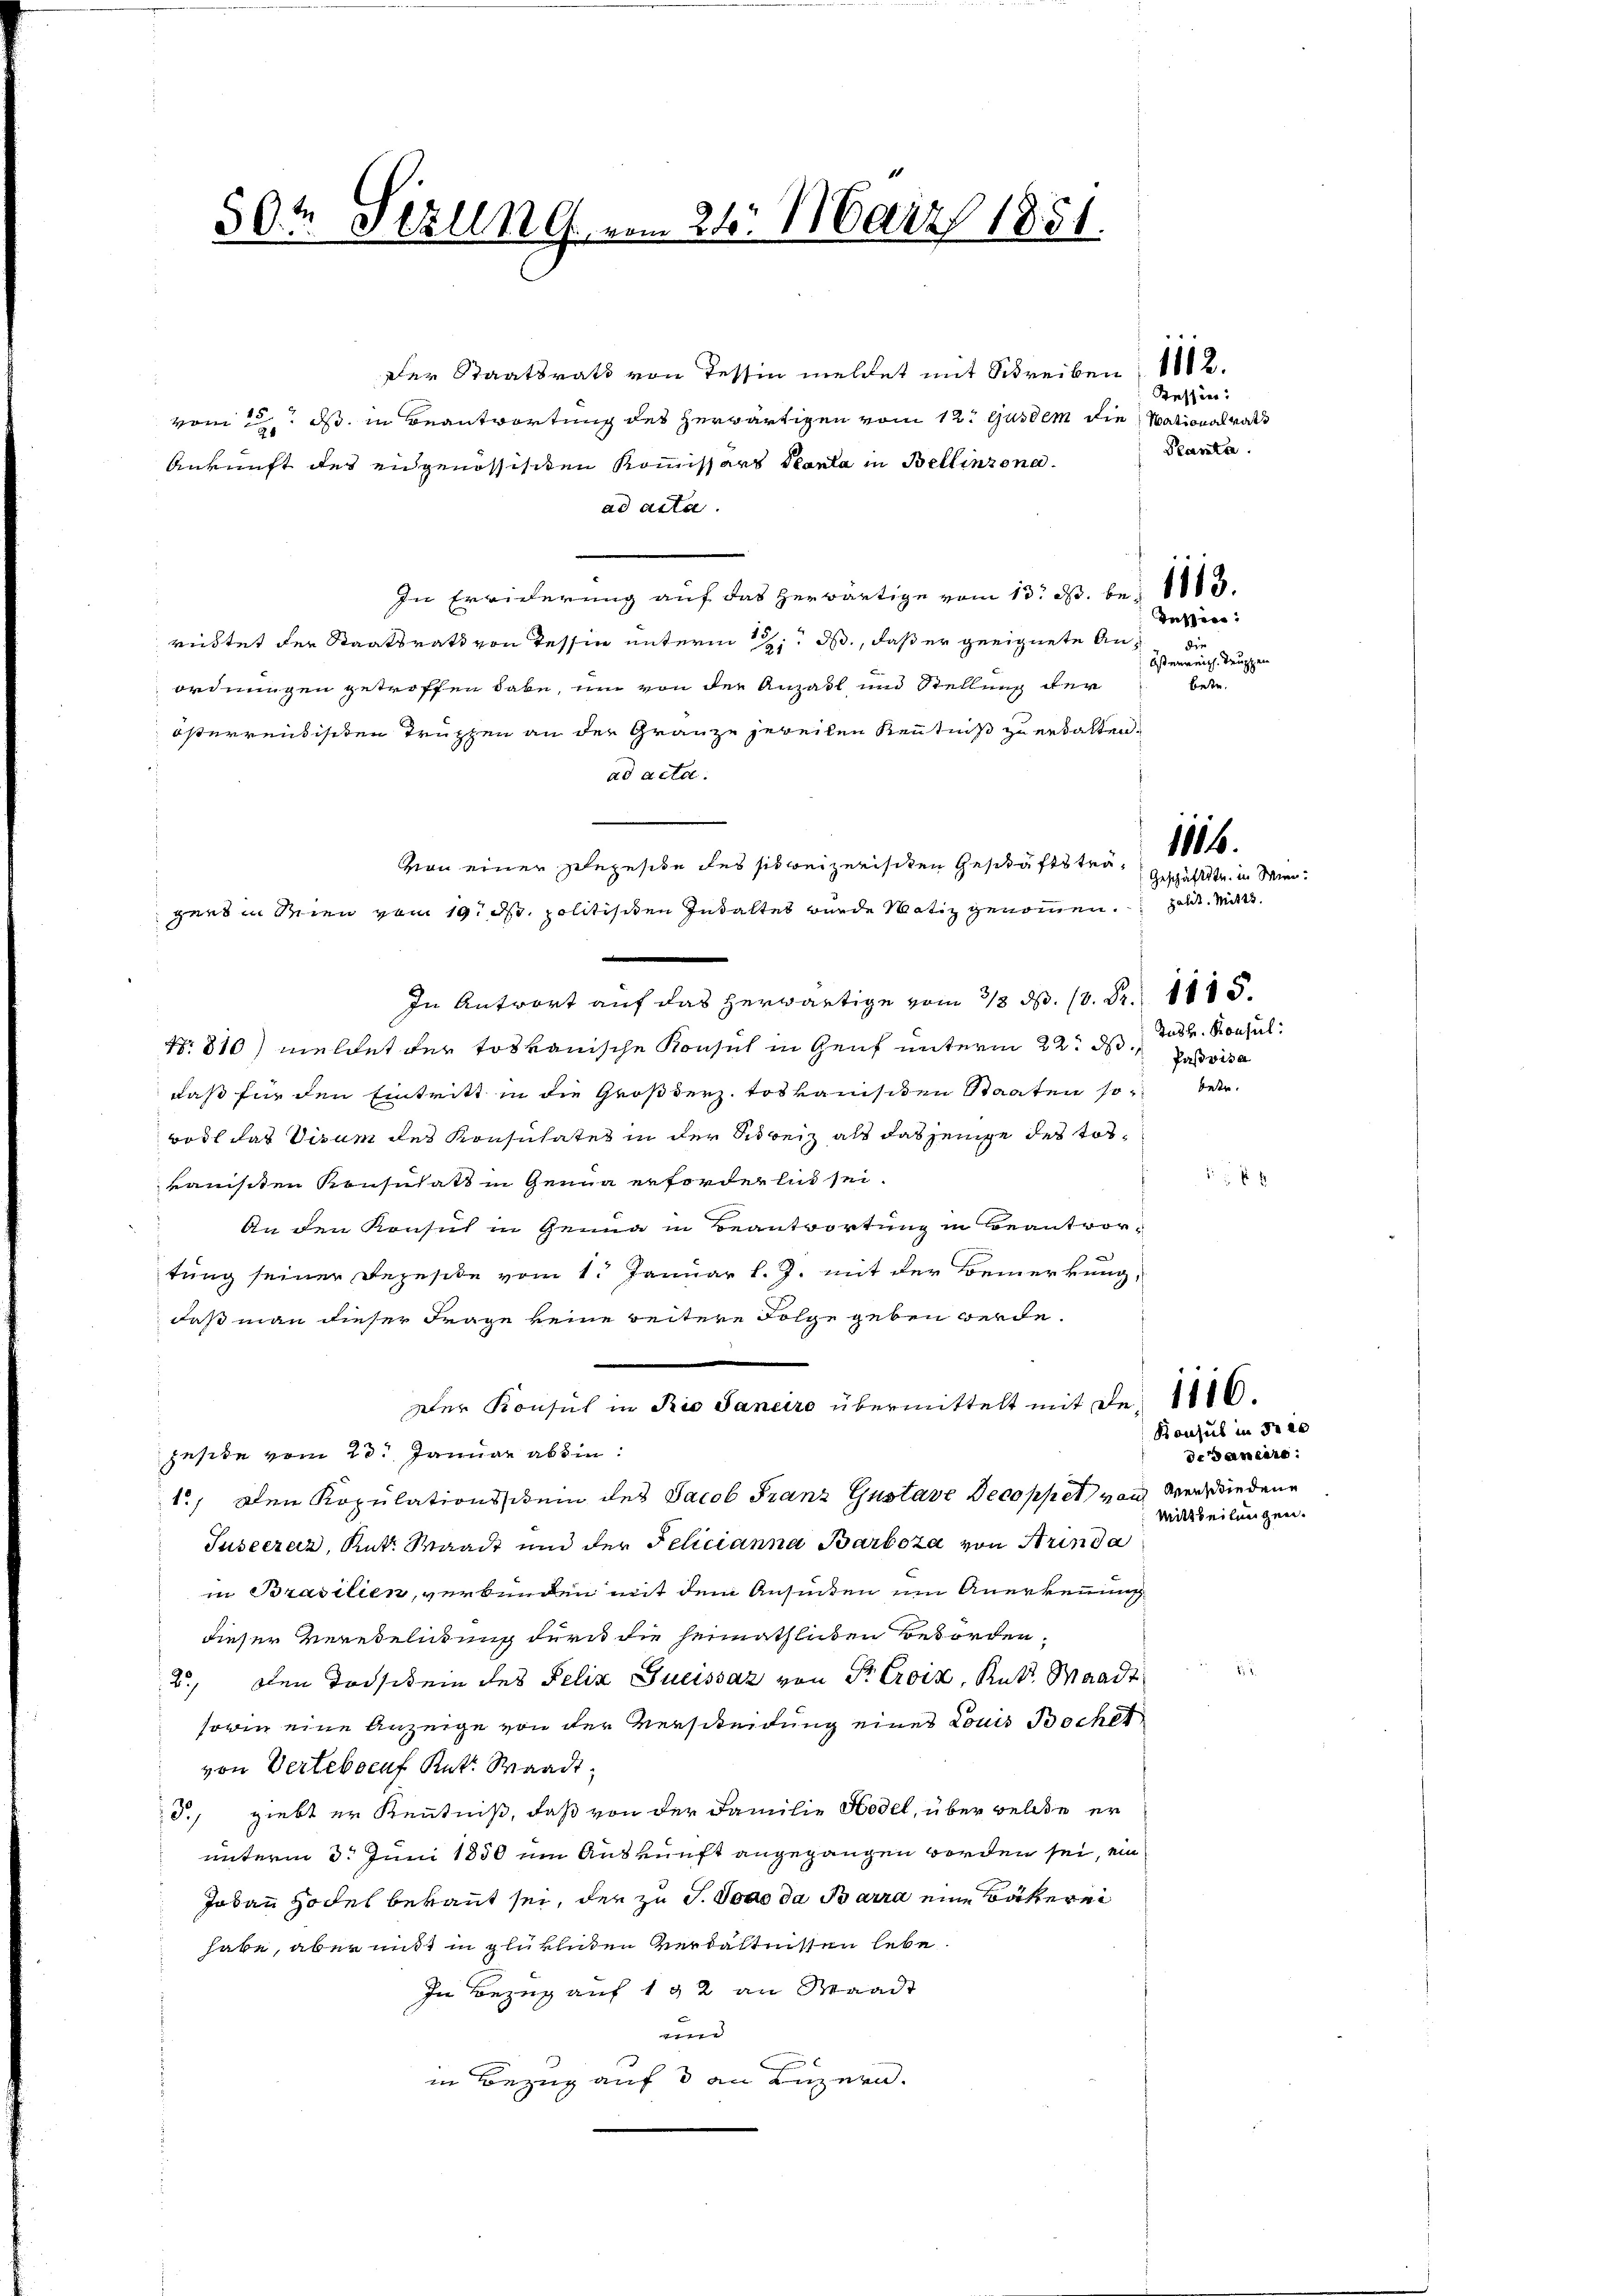
50t Sezung vom 24. März 1851.

Der Staatsrath von Tessin meldet mit Schreiben 12.
vom 2. ds. in Beantwortung des herwärtigen vom 12. Ausdem die Stationalrath
Ankunft des eidgenössisiten Kommissars Planta in Bellinzona.
ad acta.
In Erwiderung auf das herwärtige vom 13. d. bei 1883.
rüstet der Staatsrath von Tessin unterm 7. ds., daß er geeignete Anordnungen getroffen habe, um von der Anzahl und Stellung der
österreisischen Truppen an der Grauze jeweilen Kenntniß zu erkalten.
ad acta.
In Antwort auf das herwärtige vom 3/3. ds. (v. Fr. 1115.
Nr. 810) meldet der toskanische Konsul in Genf unterm 22. M. Passis
daß für den Eintritt in die Großherz. toskanisiten Staaten so betr.
Bodt das Visum des Konsulates in der Schreiz als dasjenige des Tosransten Konsulats in Genua erforderlich sei¬
An den Konsul in Genug in Beantwortung in Beantwortung seiner Rezeside vom 1. Januar l. J. mit der Bemerkung,
daß man dieser Frage keine weitere Folge geben werde.
Der Konsul in Rio Saneiro übermittelt mit den 1110.
geste vom 23. Januar absin
1., Den Kopulationsschein des Jacob Franz Gustave Decoppet von Versiedene
Suseeraz, Rut. Waadt und der Felicianna Barboza von Strinda
in Brasilien, verbunden mit dem Ansiten im Anerkennung
dieser Verehelichung durch die heimathlichen Besorden,
2.) Den Todsikein des Felix Suissaz von Sr. Croix, Rat. Waadt
sowie eine Anzeige von der Verscheidung eines Louis Bechet
von Vertebaeuf Rat. Waadt,
S., giebt er Kenntniß, daß von der Familie Hodel, über wellte er
unterm 3. Juni 1850 im Auskunft angegangen worden sei, ein
Jodann Hodel bekannt sei, der zu S. Tode da Barra eine Bäkerei
habe, aber mit in glüklichen Verhältnissen lebe
In Bezug auf 192 an Waadt
d
in Bezug auf 3 an Luzern.

von einer Ehegesche des sie beizerischen Geschäftsträ 1804.
gues in Seien vom 19. d. politischen Inhaltes wurde Notiz genommen.

Tessin.
Phanta.

Tessier
die
bstenreich. Truppen
betr.

Geschäftstr. in Wien:
zalit. Mit 13.

Sudt. Konsul:

Konsul in dr es
de Dauere
Mittheilungen.